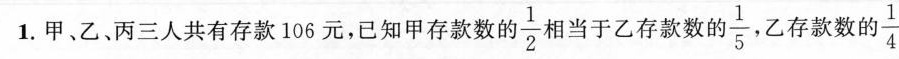
1. 甲、乙、丙三人共有存款106元，已知甲存款数的 \frac {1} {2}相当于乙存款数的 \frac{1}{5} 乙存款数自 \frac {1}{4}